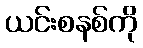
ယင်းစနစ်ကို